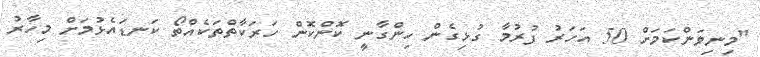
"މިނިވަންކަމަށް 50 އަހަރު ފުރުމާ ގުޅިގެން ހިންގާނީ ކޮންކޮން ހަރަކާތްތަކެއްތޯ ކަނޑައެޅުމަށް މިހާރު